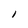
Character: I